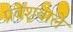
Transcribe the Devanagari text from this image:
प्रवेशवाले